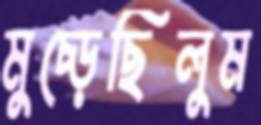
মুচ্‌ড়েছিলুম